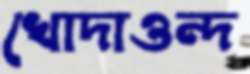
খোদাওন্দ